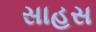
સાહસ